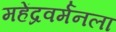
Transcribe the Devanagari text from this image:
महेंद्रवर्मनला